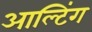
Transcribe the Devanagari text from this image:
आल्टिंग